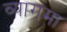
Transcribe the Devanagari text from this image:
व्यागमा